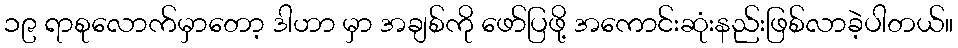
၁၉ ရာစုလောက်မှာတော့ ဒါဟာ မှာ အချစ်ကို ဖော်ပြဖို့ အကောင်းဆုံးနည်းဖြစ်လာခဲ့ပါတယ်။